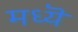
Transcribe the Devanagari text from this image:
मध्यॆ